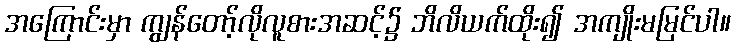
အကြောင်းမှာ ကျွန်တော့်လိုလူစားအဆင့်၌ ဘိလိယက်ထိုး၍ အကျိုးမမြင်ပါ။